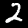
Digit: 2